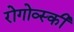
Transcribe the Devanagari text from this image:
रोगोव्स्की